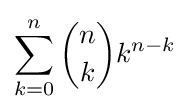
\sum _{k=0}^{n}{n \choose k}k^{n-k}